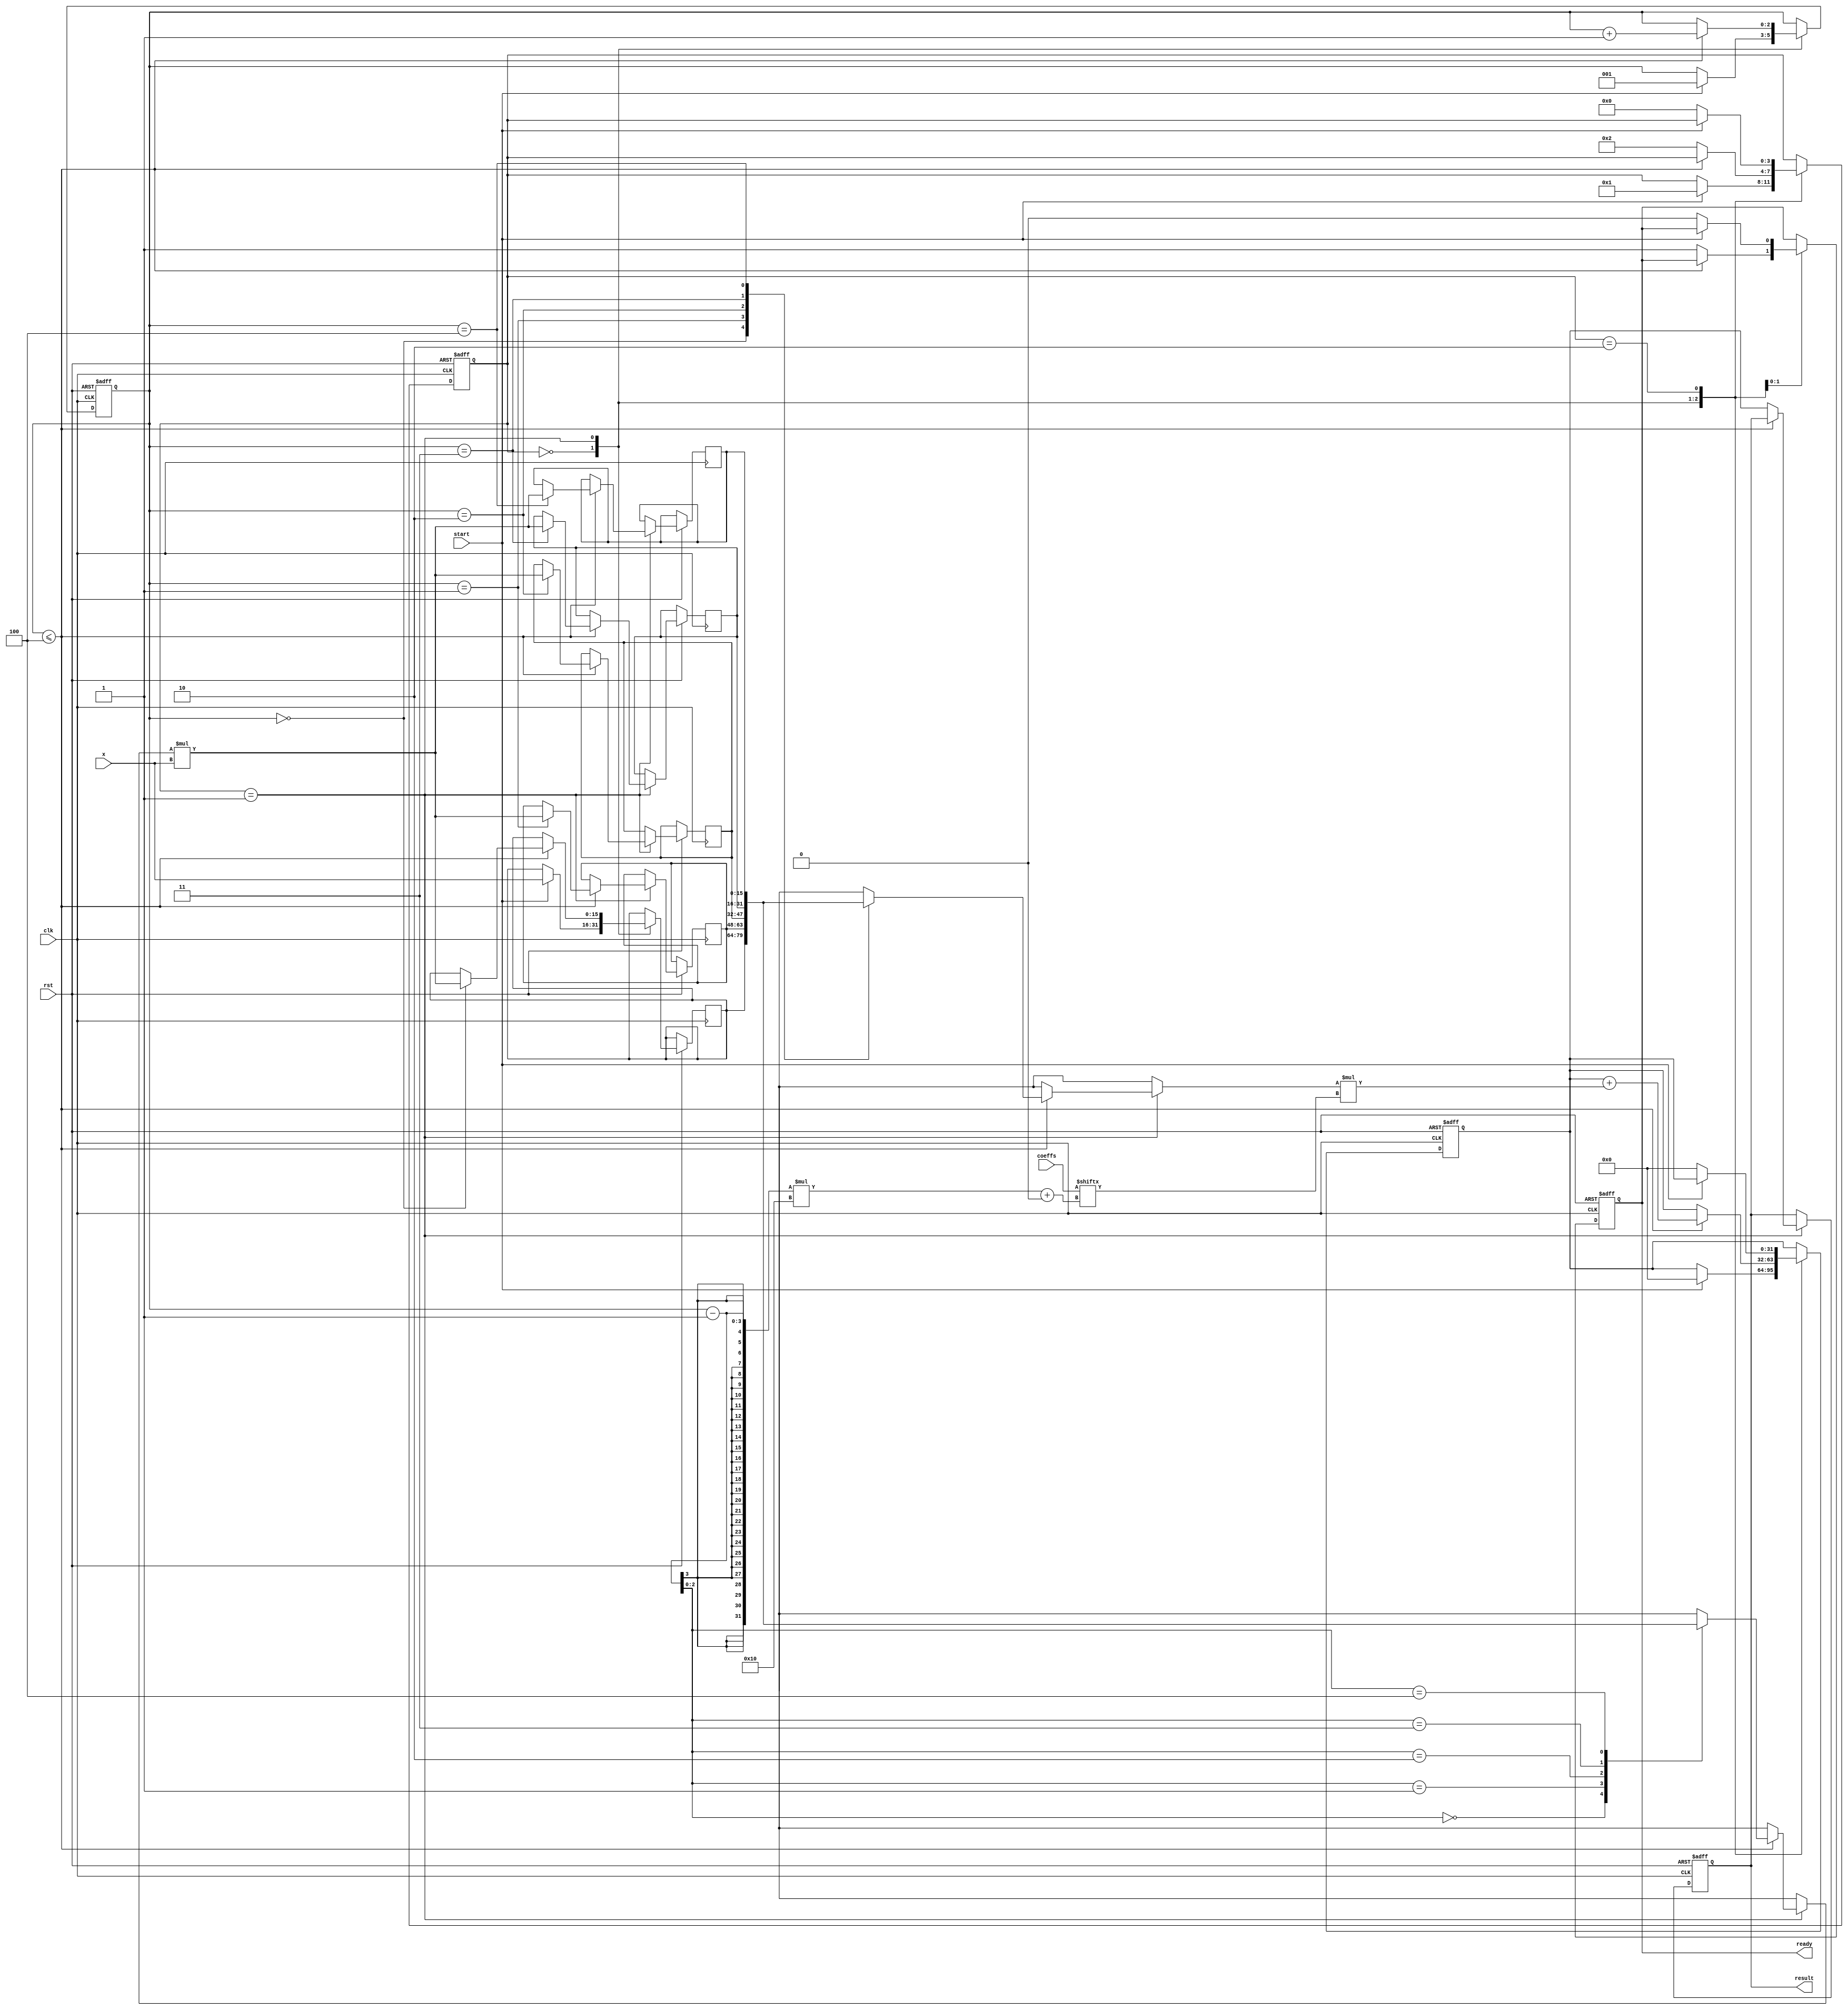
module cordic_poly_eval #(
    parameter N = 4,  // Degree of polynomial
    parameter INPUT_WIDTH = 16,
    parameter COEFF_WIDTH = 16,
    parameter OUTPUT_WIDTH = 32
) (
    input clk,
    input rst,
    input start,
    input [INPUT_WIDTH-1:0] x,  // Input value
    input [N*COEFF_WIDTH-1:0] coeffs,  // Coefficients, a_n, a_{n-1}, ..., a_0
    output reg [OUTPUT_WIDTH-1:0] result, // Evaluated polynomial P(x)
    output reg ready
);

// Internal variables
reg [INPUT_WIDTH-1:0] x_power [N:0];  // Powers of x
reg [OUTPUT_WIDTH-1:0] temp_result;    // Temporary sum results
reg [3:0] state;                        // State for FSM
reg [2:0] power;                        // Current power index
wire [OUTPUT_WIDTH-1:0] mult_result;   // Result of multiplication
integer i;

// CORDIC multiply function (Placeholder - actual implementation needed)
function [OUTPUT_WIDTH-1:0] cordic_multiply;
    input [INPUT_WIDTH-1:0] a;
    input [INPUT_WIDTH-1:0] b;
    begin
        // Placeholder for actual CORDIC multiply calculation
        // This should implement the CORDIC multiplication 
        cordic_multiply = a * b; // Replace this with CORDIC multiplication logic
    end
endfunction

// FSM
localparam IDLE = 2'd0;
localparam COMPUTE = 2'd1;
localparam DONE = 2'd2;

always @(posedge clk or negedge rst) begin
    if (!rst) begin
        state <= IDLE;
        ready <= 1'b0;
        temp_result <= 0;
        power <= 0;
        result <= 0;
    end else begin
        case (state)
            IDLE: begin
                if (start) begin
                    state <= COMPUTE;
                    temp_result <= 0;
                    x_power[0] <= x;  // x^0 is 1, so x_power[0] should be set appropriately
                    power <= 1;
                end
            end

            COMPUTE: begin
                if (power <= N) begin
                    // Calculate x^power using previous power
                    x_power[power] <= cordic_multiply(x_power[power-1], x);
                    
                    // Multiply coefficient with x^power
                    temp_result <= temp_result + cordic_multiply(x_power[power], coeffs[(power-1)*COEFF_WIDTH +: COEFF_WIDTH]);
                    
                    power <= power + 1;
                end else begin
                    result <= temp_result;  // Final result
                    ready <= 1'b1;          // Indicate completion
                    state <= DONE;
                end
            end

            DONE: begin
                if (!start) begin
                    state <= IDLE;
                    ready <= 1'b0;  // Ready for next computation
                    temp_result <= 0;
                end
            end
        endcase
    end
end
endmodule